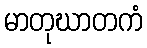
မာတုဃာတကံ